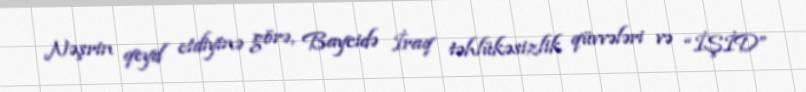
Nəşrin qeyd etdiyinə görə, Baycidə İraq təhlükəsizlik qüvvələri və “İŞİD”